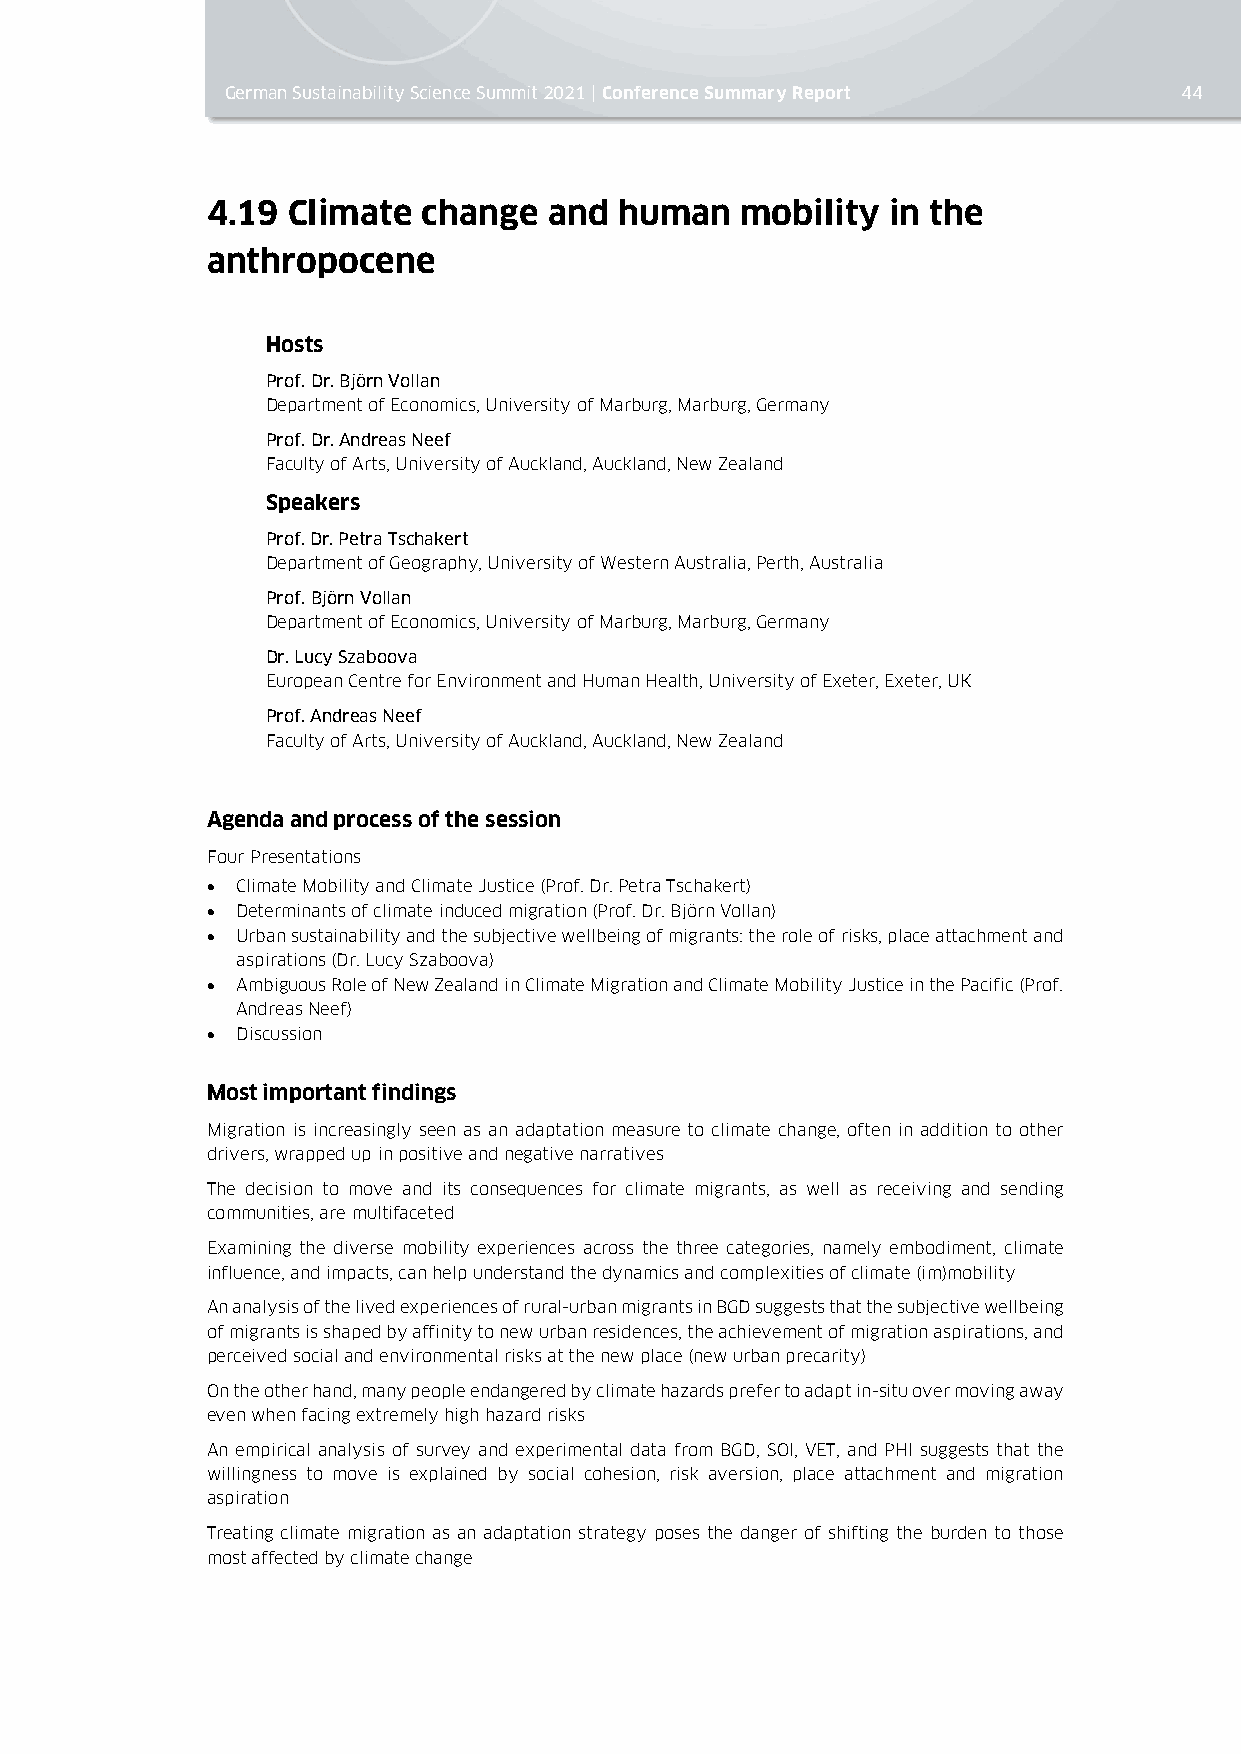
German Sustainability Science Summit 2021 | Conference Summary Report 44
 4.19 Climate  change  and  human   mobility  in the
 anthropocene
 Hosts
 Prof. Dr. Björn Vollan
 Department of Economics, University of Marburg, Marburg, Germany
 Prof. Dr. Andreas Neef
 Faculty of Arts, University of Auckland, Auckland, New Zealand
 Speakers
 Prof. Dr. Petra Tschakert
 Department of Geography, University of Western Australia, Perth, Australia
 Prof. Björn Vollan
 Department of Economics, University of Marburg, Marburg, Germany
 Dr. Lucy Szaboova
 European Centre for Environment and Human Health, University of Exeter, Exeter, UK
 Prof. Andreas Neef
 Faculty of Arts, University of Auckland, Auckland, New Zealand
 Agenda and process of the session
 Four Presentations
 • Climate Mobility and Climate Justice (Prof. Dr. Petra Tschakert)
 • Determinants of climate induced migration (Prof. Dr. Björn Vollan)
 • Urban sustainability and the subjective wellbeing of migrants: the role of risks, place attachment and
 aspirations (Dr. Lucy Szaboova)
 • Ambiguous Role of New Zealand in Climate Migration and Climate Mobility Justice in the Pacific (Prof.
 Andreas Neef)
 • Discussion
 Most important findings
 Migration is increasingly seen as an adaptation measure to climate change, often in addition to other
 drivers, wrapped up in positive and negative narratives
 The decision to move and its consequences for climate migrants, as well as receiving and sending
 communities, are multifaceted
 Examining the diverse mobility experiences across the three categories, namely embodiment, climate
 influence, and impacts, can help understand the dynamics and complexities of climate (im)mobility
 An analysis of the lived experiences of rural-urban migrants in BGD suggests that the subjective wellbeing
 of migrants is shaped by affinity to new urban residences, the achievement of migration aspirations, and
 perceived social and environmental risks at the new place (new urban precarity)
 On the other hand, many people endangered by climate hazards prefer to adapt in-situ over moving away
 even when facing extremely high hazard risks
 An empirical analysis of survey and experimental data from BGD, SOI, VET, and PHI suggests that the
 willingness to move is explained by social cohesion, risk aversion, place attachment and migration
 aspiration
 Treating climate migration as an adaptation strategy poses the danger of shifting the burden to those
 most affected by climate change